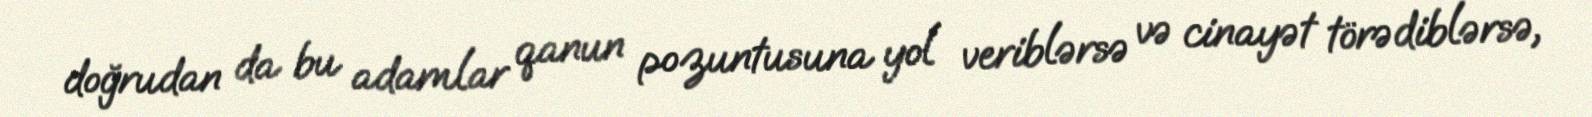
doğrudan da bu adamlar qanun pozuntusuna yol veriblərsə və cinayət törədiblərsə,